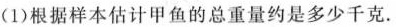
(1)根据样本估计甲鱼的总重量约是多少千克。